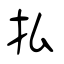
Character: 払